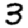
Digit: 3